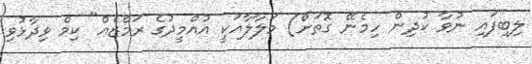
ލިބިފައި ނުވާ ކުދިން ހިމެނޭ ގޮތަށް) މަލާލާއަކީ އުއްމީދުގެ ރަމްޒެއް" ކިމް ވިދާޅުވި